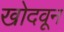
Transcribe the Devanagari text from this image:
खोदवून